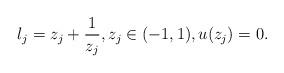
LaTeX: \begin{align*}\l_j=z_j+\frac1{z_j}, z_j\in(-1,1), u(z_j)=0.\end{align*}